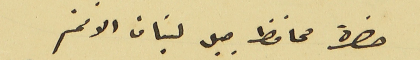
حضرة محافظ جبل لبنان الافخم